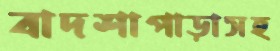
বাদশাপাড়াসহ